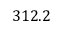
3 1 2 . 2